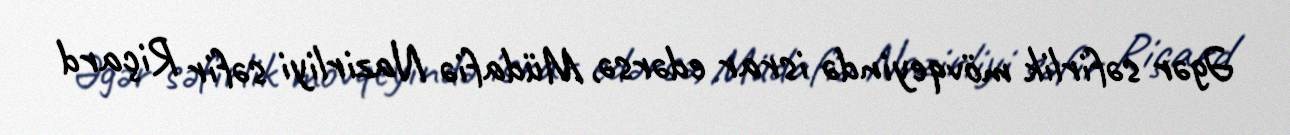
Əgər səfirlik mövqeyində israr edərsə, Müdafiə Nazirliyi səfir Riçard